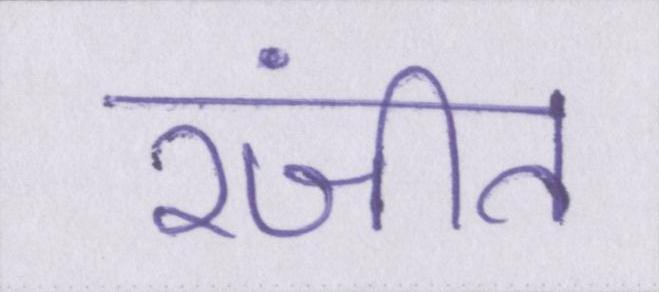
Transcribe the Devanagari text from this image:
रंजीत